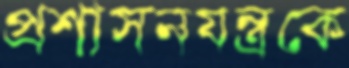
প্রশাসনযন্ত্রকে